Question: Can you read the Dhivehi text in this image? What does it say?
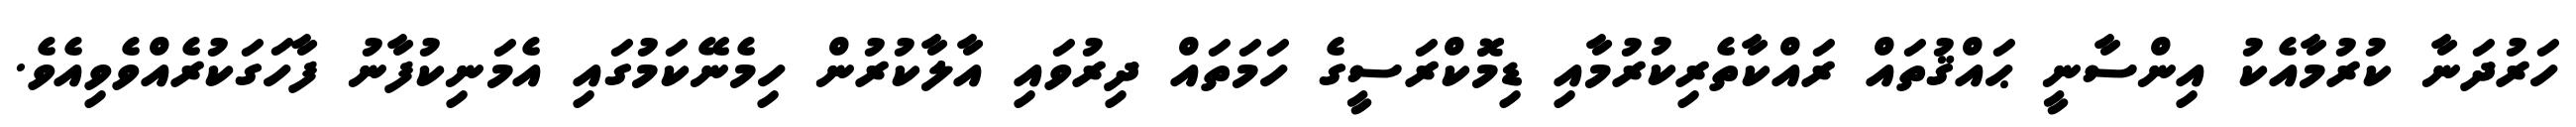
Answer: ހަރުދަނާ ކުރުމާއެކު އިންސާނީ ޙައްޤުތައް ރައްކާތެރިކުރުމާއި ޑިމޮކްރަސީގެ ހަމަތައް ދިރުވައި އާލާކުރުން ހިމެނޭކަމުގައި އެމަނިކުފާނު ފާހަގަކުރެއްވެވިއެވެ.